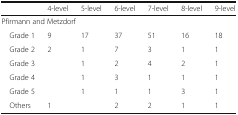
<table><thead><tr><td></td><td><b>4-level</b></td><td><b>5-level</b></td><td><b>6-level</b></td><td><b>7-level</b></td><td><b>8-level</b></td><td><b>9-level</b></td></tr></thead><tbody><tr><td colspan="7">Pfirmann and Metzdorf</td></tr><tr><td> Grade 1</td><td>9</td><td>17</td><td>37</td><td>51</td><td>16</td><td>18</td></tr><tr><td> Grade 2</td><td>2</td><td>1</td><td>7</td><td>3</td><td>1</td><td>1</td></tr><tr><td> Grade 3</td><td></td><td>1</td><td>2</td><td>4</td><td>2</td><td>1</td></tr><tr><td> Grade 4</td><td></td><td>1</td><td>3</td><td>1</td><td>1</td><td>1</td></tr><tr><td> Grade 5</td><td></td><td>1</td><td>1</td><td>1</td><td>3</td><td>1</td></tr><tr><td> Others</td><td>1</td><td></td><td>2</td><td>2</td><td>1</td><td>1</td></tr></tbody></table>